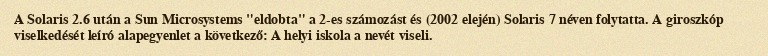
A Solaris 2.6 után a Sun Microsystems "eldobta" a 2-es számozást és (2002 elején) Solaris 7 néven folytatta. A giroszkóp viselkedését leíró alapegyenlet a következő: A helyi iskola a nevét viseli.